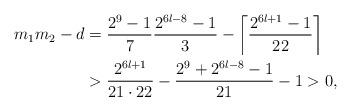
LaTeX: \begin{align*}m_1m_2 - d &= \frac{2^{9} - 1}{7}\frac{2^{6l-8} - 1}{3} - \left\lceil\frac{2^{6l+1}-1}{22}\right\rceil \\& > \frac{2^{6l+1}}{21\cdot22} - \frac{2^9 + 2^{6l-8} - 1}{21} - 1 > 0,\end{align*}